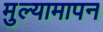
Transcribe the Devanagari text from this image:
मुल्यामापन